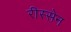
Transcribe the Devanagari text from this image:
रीस्सेन